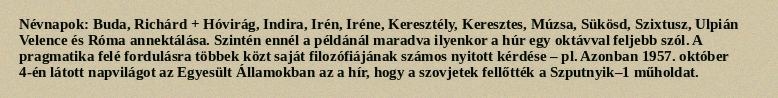
Névnapok: Buda, Richárd + Hóvirág, Indira, Irén, Iréne, Keresztély, Keresztes, Múzsa, Sükösd, Szixtusz, Ulpián Velence és Róma annektálása. Szintén ennél a példánál maradva ilyenkor a húr egy oktávval feljebb szól. A pragmatika felé fordulásra többek közt saját filozófiájának számos nyitott kérdése – pl. Azonban 1957. október 4-én látott napvilágot az Egyesült Államokban az a hír, hogy a szovjetek fellőtték a Szputnyik–1 műholdat.